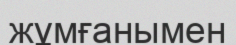
жұмғанымен